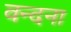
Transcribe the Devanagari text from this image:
वन्‍दना